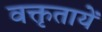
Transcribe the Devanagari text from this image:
वक्तृतायें